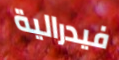
فيدرالية